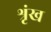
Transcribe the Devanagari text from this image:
श्रृंख